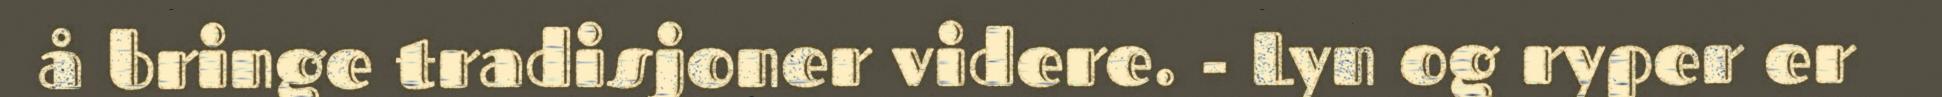
å bringe tradisjoner videre. - Lyn og ryper er